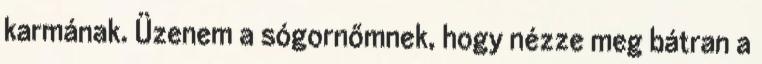
karmának. Üzenem a sógornőmnek, hogy nézze meg bátran a